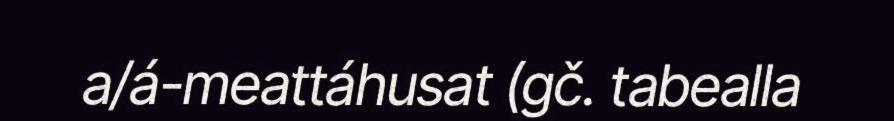
a/á-meattáhusat (gč. tabealla